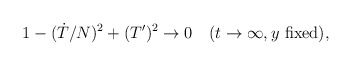
\begin{align*}1-(\dot{T}/N)^2+(T')^2\to 0 \quad (t\to\infty, y \mbox{ fixed}), \end{align*}